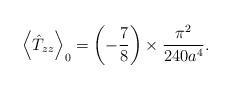
LaTeX: \begin{align*}\left\langle \hat{T}_{zz}\right\rangle _{0}=\left( -\frac{7}{8}\right)\times \frac{\pi ^{2}}{240a^{4}}.\end{align*}